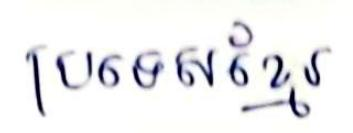
ប្រទេសខ្មែរ